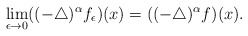
\begin{align*}\lim\limits_{\epsilon\to0}((-\triangle)^{\alpha}f_{\epsilon})(x)=((-\triangle)^{\alpha}f)(x).\end{align*}